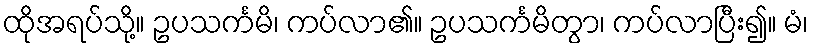
ထိုအရပ်သို့။ ဥပသင်္ကမိ၊ ကပ်လာ၏။ ဥပသင်္ကမိတွာ၊ ကပ်လာပြီး၍။ မံ၊